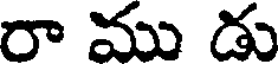
రా ము డు